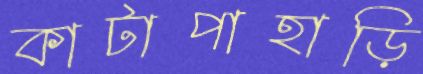
কাটাপাহাড়ি